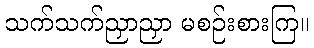
သက်သက်ညှာညှာ မစဉ်းစားကြ။